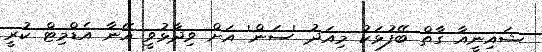
ޝައިނީއާ ގާތް ބޭފުޅަކު މިއަދު 'ސަން' އަށް ވިދާޅުވީ އޭނާ އެޑްމިޓް ކުރީ